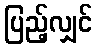
ပြည့်လျှင်